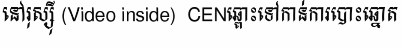
នៅរុស្ស៊ី (Video inside)  CENឆ្ពោះទៅកាន់ការបោះឆ្នោត